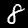
Label: 8